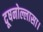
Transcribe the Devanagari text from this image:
दूषनोल्लासा।